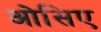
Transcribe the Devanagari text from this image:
ओसिए